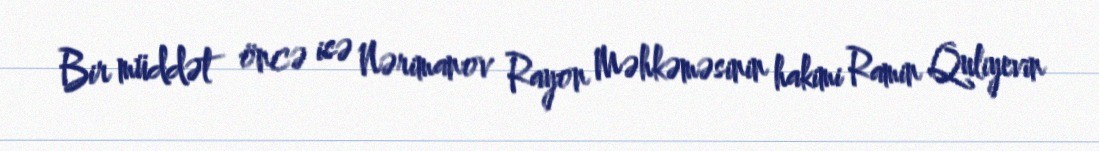
Bir müddət öncə isə Nərimanov Rayon Məhkəməsinin hakimi Ramin Quliyevin